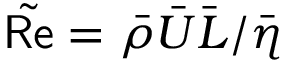
\tilde { \mathsf { R e } } = \bar { \rho } \bar { U } \bar { L } / \bar { \eta }